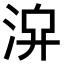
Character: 𣴁